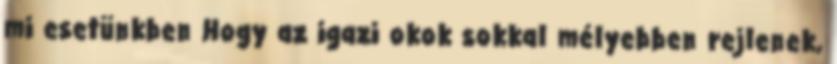
mi esetünkben Hogy az igazi okok sokkal mélyebben rejlenek,